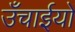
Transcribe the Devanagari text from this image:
उँचाईयों